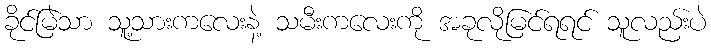
ခိုင်မြဲသာ သူ့သားကလေးနဲ့ သမီးကလေးကို အခုလိုမြင်ရရင် သူလည်းပဲ